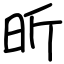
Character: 昕